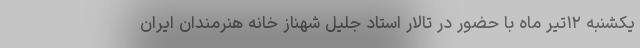
یکشنبه ۱۲تیر ماه با حضور در تالار استاد جلیل شهناز خانه هنرمندان ایران